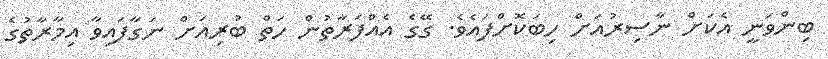
ބިންވަނީ އެކަށް ނާސިރުއަށް ހިބަކޮށްފައެވެ. ގޭގެ އެއްފަރާތުން ހަތް ބުރިއަށް ނަގާފައިވާ އިމާރާތުގެ